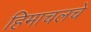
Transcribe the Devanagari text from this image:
हिमाचलचे